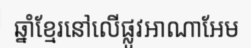
ឆ្នាំខ្មែរនៅលើផ្លូវអាណាអែម